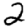
Digit: 2